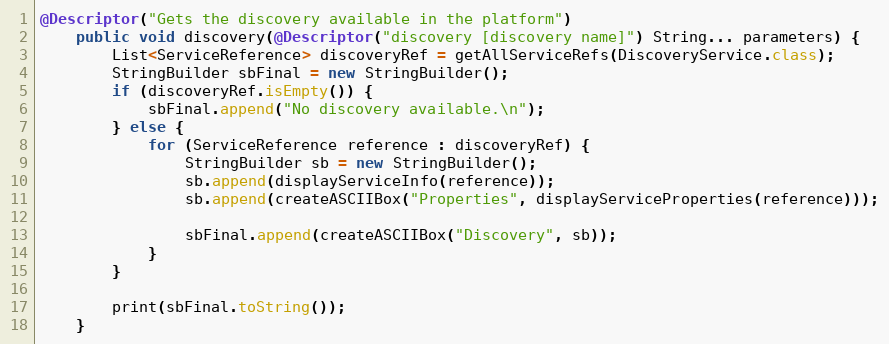
Language: Java
@Descriptor("Gets the discovery available in the platform")
    public void discovery(@Descriptor("discovery [discovery name]") String... parameters) {
        List<ServiceReference> discoveryRef = getAllServiceRefs(DiscoveryService.class);
        StringBuilder sbFinal = new StringBuilder();
        if (discoveryRef.isEmpty()) {
            sbFinal.append("No discovery available.\n");
        } else {
            for (ServiceReference reference : discoveryRef) {
                StringBuilder sb = new StringBuilder();
                sb.append(displayServiceInfo(reference));
                sb.append(createASCIIBox("Properties", displayServiceProperties(reference)));

                sbFinal.append(createASCIIBox("Discovery", sb));
            }
        }

        print(sbFinal.toString());
    }